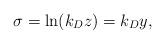
LaTeX: \begin{align*} \sigma =\ln (k_Dz)=k_Dy,\end{align*}